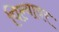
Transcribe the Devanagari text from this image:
पिल्यावर